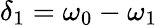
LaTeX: \delta_{1}=\omega_{0}-\omega_{1}